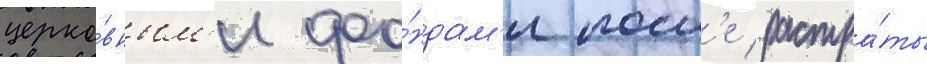
церко́вным'и фо́ндам'и посл'е растра́ты